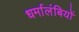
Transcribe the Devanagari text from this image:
धर्मालंबियों